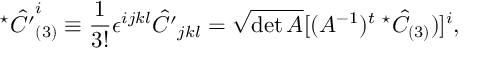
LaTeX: ^ \star \hat { C ^ { \prime } } _ { ( 3 ) } ^ { i } \equiv \frac { 1 } { 3 ! } \epsilon ^ { i j k l } \hat { C ^ { \prime } } _ { j k l } = \sqrt { \operatorname * { d e t } A } [ ( A ^ { - 1 } ) ^ { t } \; ^ { \star } \hat { C } _ { ( 3 ) } ) ] ^ { i } ,